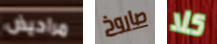
مراحيض صاروخ كلا